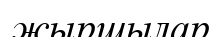
жыршылар